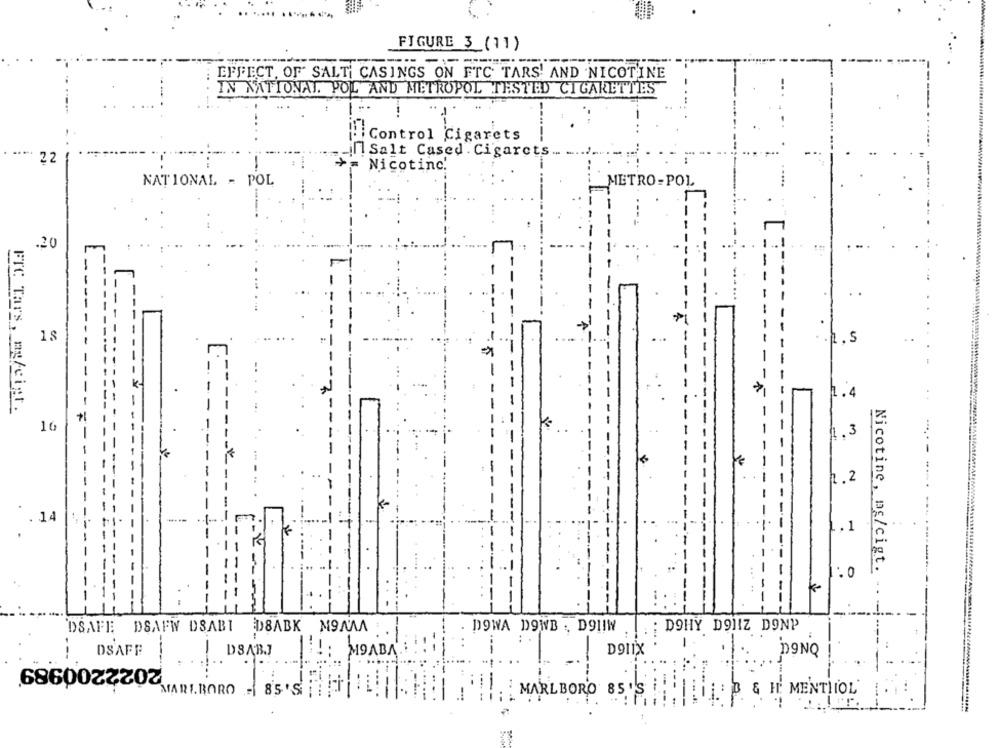
FIGURE 3 (11)
EFFECT, OF" SALT CASINGS ON FTC TARS' AND NICOTINE
IN NATIONAL. POL AND METROPOL TESTED CIGARETTES
Control Cigarets
]Salt Cased . Cigarets ...
22
-
Nicotine.
NATIONAL - POL
METRO-POL
اسمـ
.20
18
A. s
.. 4
FTC Tars, my/cigt.
16
£.3
2.2
. 14
.. 1
Nicotine, mg/cigt.
DSAFE DSAFW DSABI ED8ABK MOMMA :
DOWA DOWB . DOI!W
:DOHY DOIIZ DONP
1
--
DOLIX
DSAFF
2022200989
! DSAB.]
! : MOABA
DONQ
MARLBORO -85'S
MARLBORO 85'S
& H. MENTHIOL'